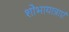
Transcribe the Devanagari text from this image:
शोभायात्राएं